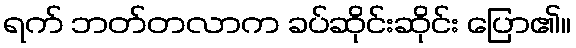
ရက် ဘတ်တလာက ခပ်ဆိုင်းဆိုင်း ပြော၏။